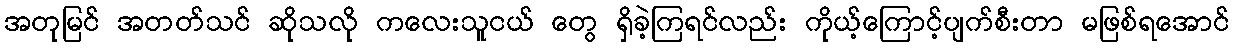
အတုမြင် အတတ်သင် ဆိုသလို ကလေးသူငယ် တွေ ရှိခဲ့ကြရင်လည်း ကိုယ့်ကြောင့်ပျက်စီးတာ မဖြစ်ရအောင်